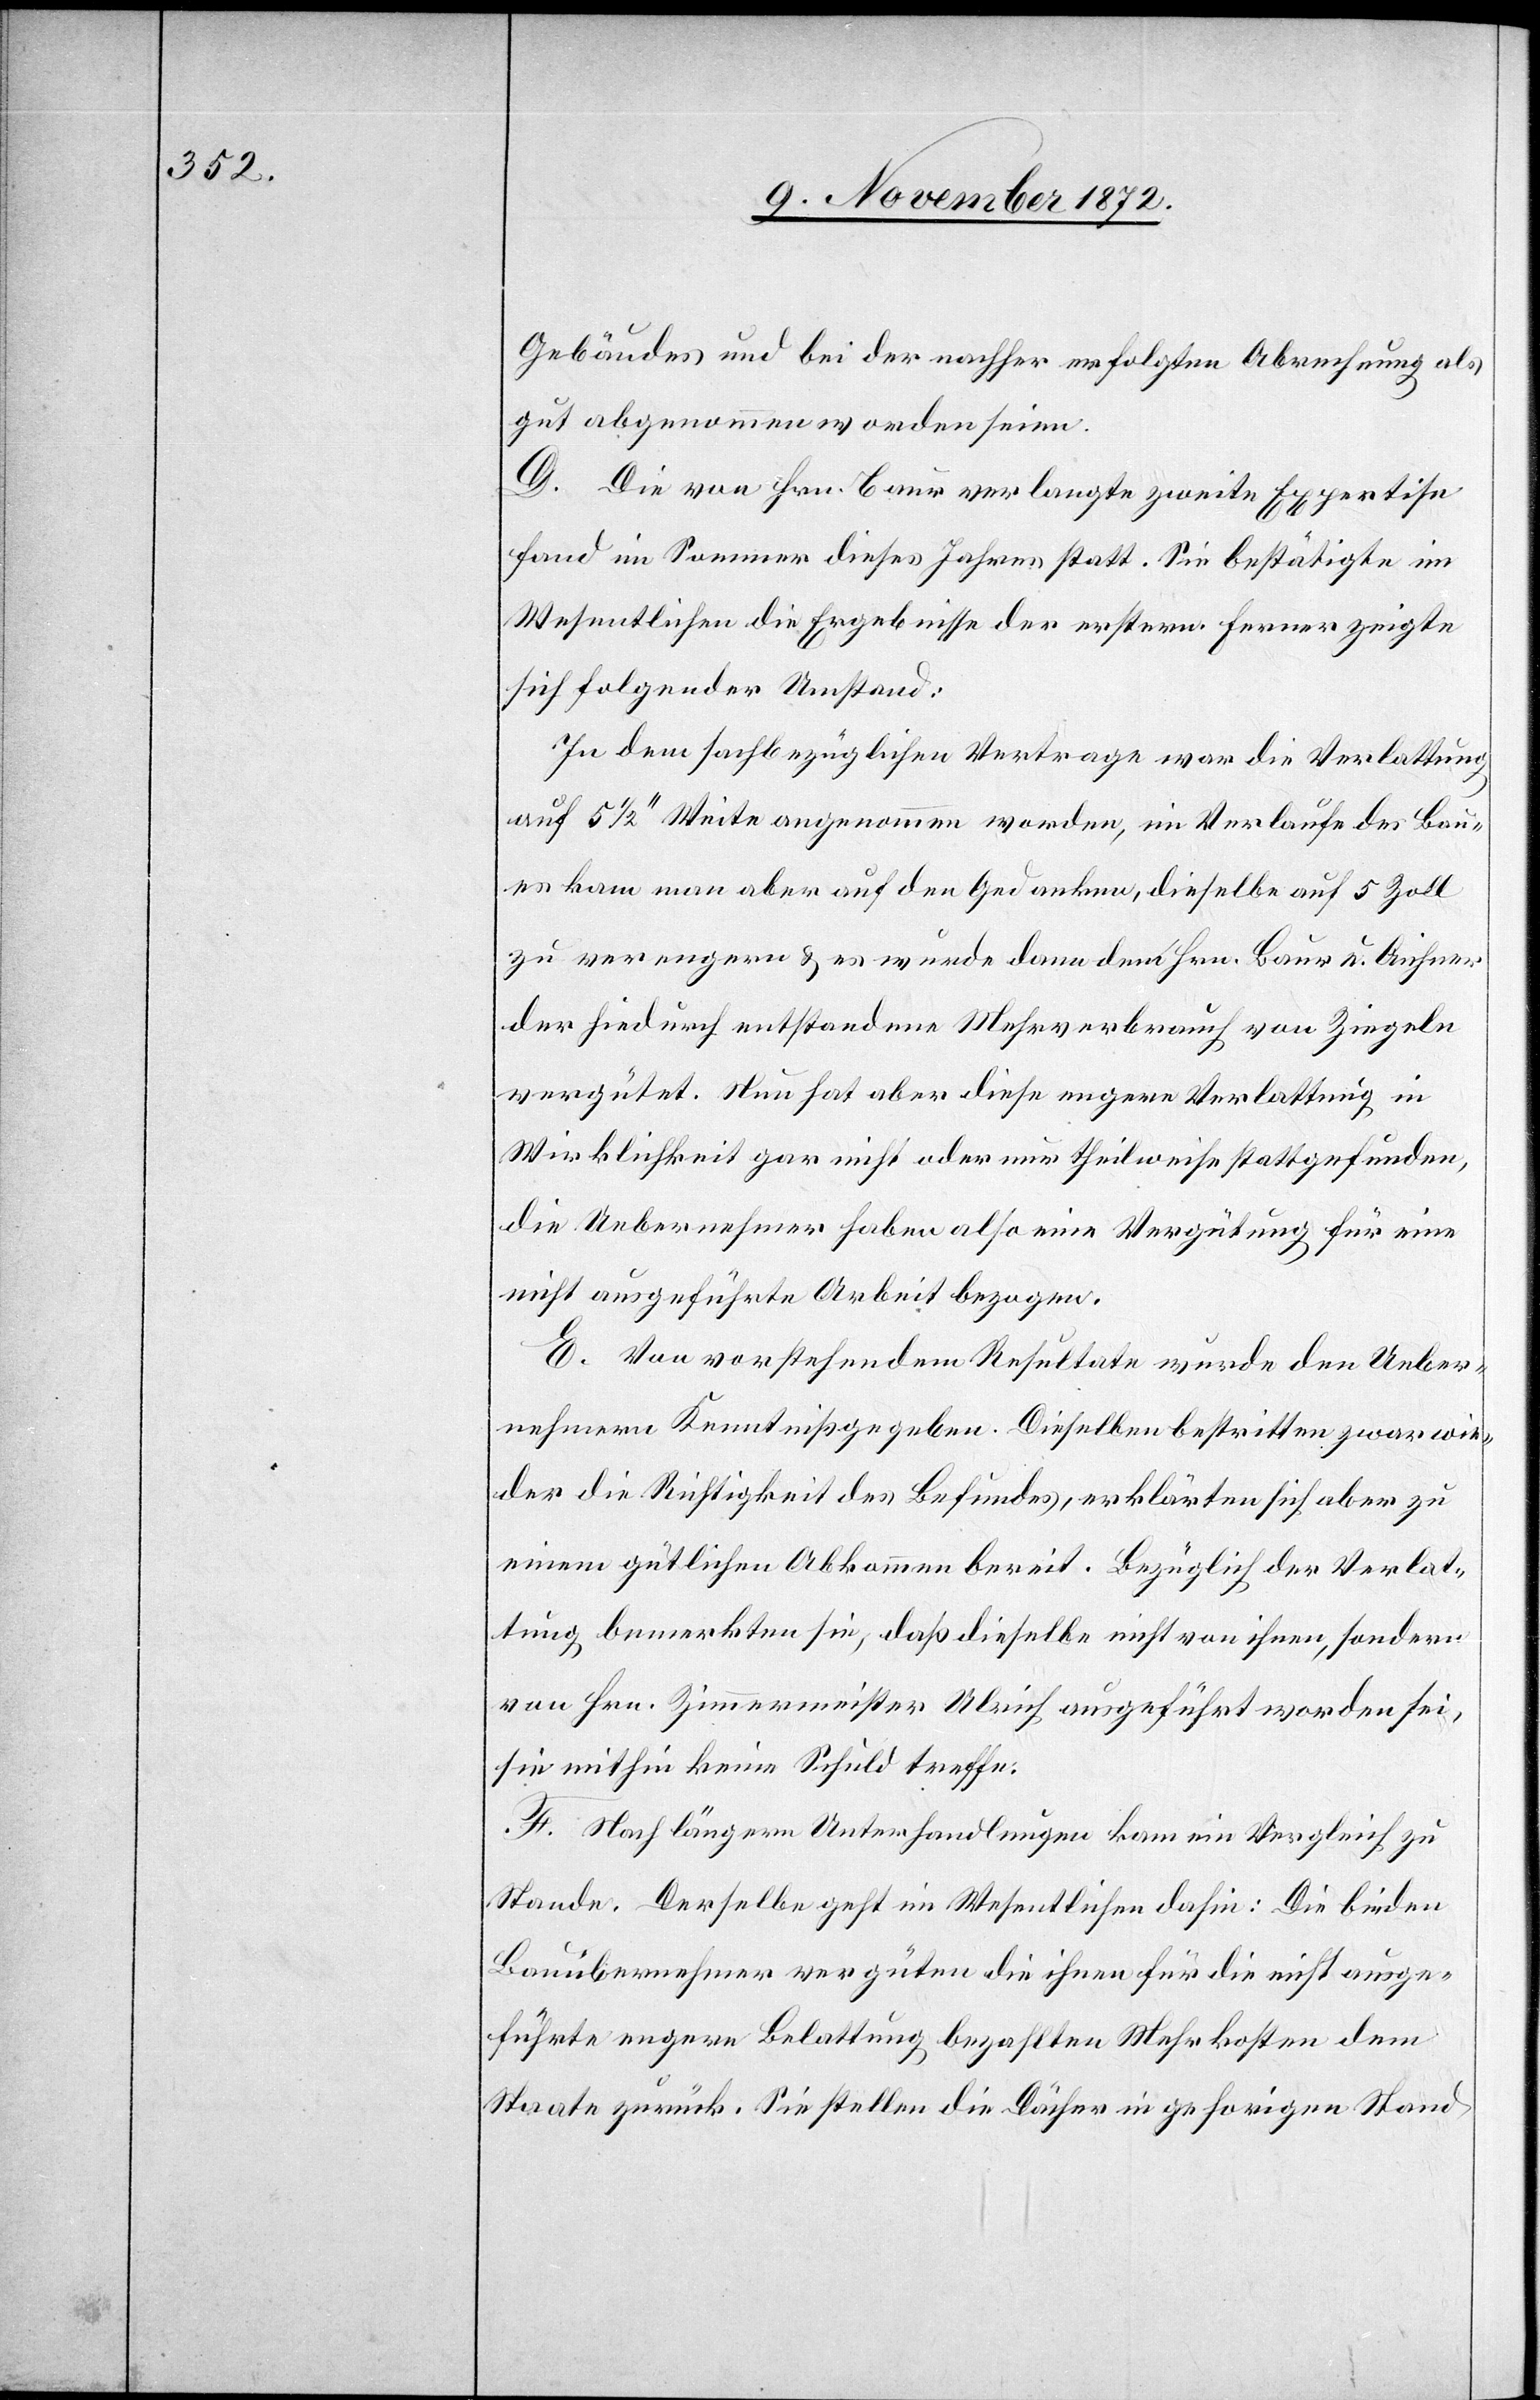
Gebäudes und bei der nachher erfolgten Abrechnung als
gut abgenommen worden seien.
D. Die von Hrn. Baur verlangte zweite Expertise
fand im Sommer dieses Jahres statt. Sie bestätigte im
Wesentlichen die Ergebnisse der erstern. Ferner zeigte
sich folgender Umstand:
In dem sachbezüglichen Vertrage war die Verlattung
auf 5 1/2’’ Weite angenommen worden, im Verlaufe des Bau¬
es kam man aber auf den Gedanken, dieselbe auf 5 Zoll
zu verengern u. es wurde dann dem Hrn. Baur u. Aichner
der hiedurch entstandene Mehrverbrauch von Ziegeln
vergütet. Nun hat aber diese engere Verlattung in
Wirklichkeit gar nicht oder nur theilweise stattgefunden,
die Uebernehmer haben also eine Vergütung für eine
nicht ausgeführte Arbeit bezogen.
E. Von vorstehendem Resultate wurde den Ueber¬
nehmern Kenntniß gegeben. Dieselben bestritten zwar wie¬
der die Richtigkeit des Befundes, erklärten sich aber zu
einem gütlichen Abkommen bereit. Bezüglich der Verlat¬
tung bemerkten sie, daß dieselbe nicht von ihnen, sondern
von Hrn. Zimmermeister Ulrich ausgeführt worden sei,
sie mithin keine Schuld treffe.
F. Nach längern Unterhandlungen kam ein Vergleich zu
Stande. Derselbe geht im Wesentlichen dahin: Die beiden
Bauübernehmer vergüten die ihnen für die nicht ausge¬
führte engere Belattung bezahlte Mehrkosten dem
Staate zurück. Sie stellen die Dächer in gehörigen Stand